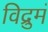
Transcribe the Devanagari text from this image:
विद्रुमं